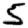
Digit: 5